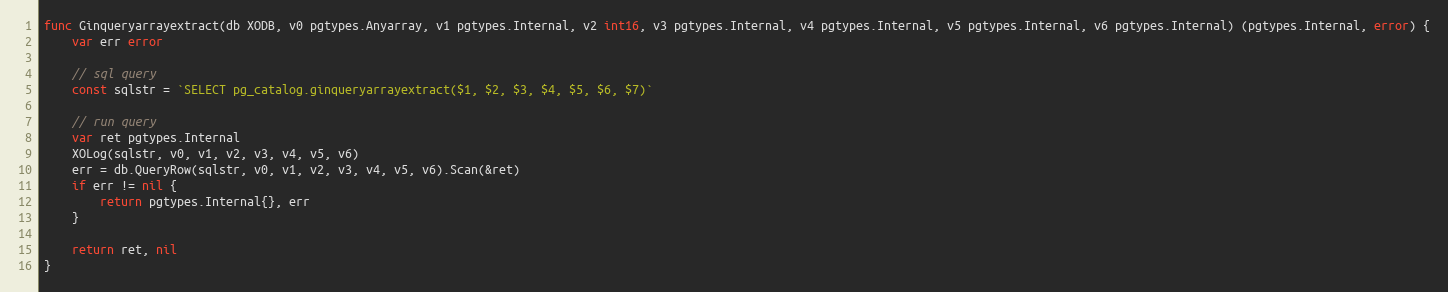
Language: Go
func Ginqueryarrayextract(db XODB, v0 pgtypes.Anyarray, v1 pgtypes.Internal, v2 int16, v3 pgtypes.Internal, v4 pgtypes.Internal, v5 pgtypes.Internal, v6 pgtypes.Internal) (pgtypes.Internal, error) {
	var err error

	// sql query
	const sqlstr = `SELECT pg_catalog.ginqueryarrayextract($1, $2, $3, $4, $5, $6, $7)`

	// run query
	var ret pgtypes.Internal
	XOLog(sqlstr, v0, v1, v2, v3, v4, v5, v6)
	err = db.QueryRow(sqlstr, v0, v1, v2, v3, v4, v5, v6).Scan(&ret)
	if err != nil {
		return pgtypes.Internal{}, err
	}

	return ret, nil
}